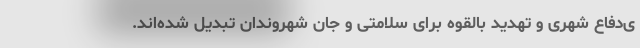
ی‌دفاع شهری و تهدید بالقوه برای سلامتی و جان شهروندان تبدیل شده‌اند.